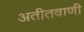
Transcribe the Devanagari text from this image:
अतीतवाणी